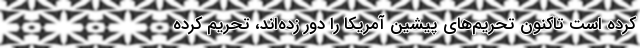
کرده است تاکنون تحریم‌های پیشین آمریکا را دور زده‌اند، تحریم کرده